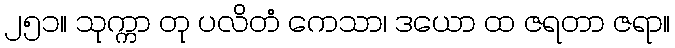
၂၅၁။ သုက္ကာ တု ပလိတံ ကေသာ၊ ဒယော ထ ဇရတာ ဇရာ။